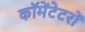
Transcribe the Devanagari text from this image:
कॉमेंटेटरों